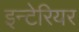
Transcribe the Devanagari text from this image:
इन्टेरियर